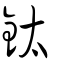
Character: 鈦